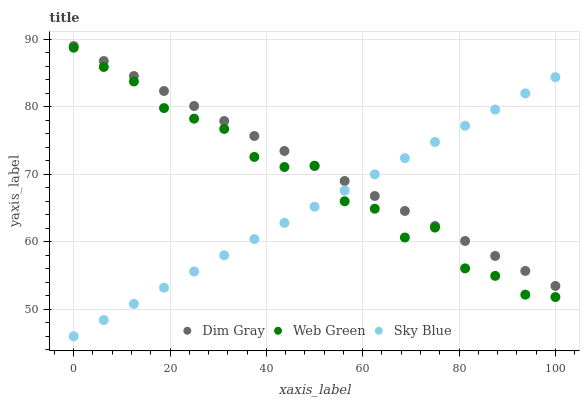
| xaxis_label | Dim Gray | Web Green | Sky Blue |
 | --- | --- | --- | --- |
 | 0 | 89 | 88.7 | 46 |
 | 6.25 | 86.8 | 85.9 | 48.4 |
 | 12.5 | 84.6 | 83.7 | 50.8 |
 | 18.8 | 82.3 | 79.8 | 53.2 |
 | 25 | 80.1 | 78.2 | 55.6 |
 | 31.2 | 77.9 | 76.7 | 58 |
 | 37.5 | 75.7 | 72.6 | 60.4 |
 | 43.8 | 73.4 | 71.1 | 62.8 |
 | 50 | 71.2 | 71.3 | 65.2 |
 | 56.2 | 69 | 66 | 67.6 |
 | 62.5 | 66.8 | 64.9 | 70 |
 | 68.8 | 64.6 | 60.6 | 72.4 |
 | 75 | 62.3 | 62.1 | 74.8 |
 | 81.2 | 60.1 | 56.1 | 77.2 |
 | 87.5 | 57.9 | 54.9 | 79.6 |
 | 93.8 | 55.7 | 52.2 | 82 |
 | 100 | 53.5 | 51.8 | 84.4 |